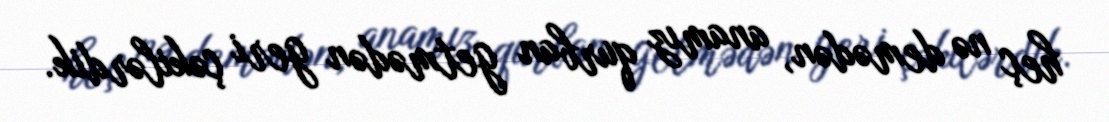
heç nə demədən, anamız qurban getmədən geri çəkilərdik.